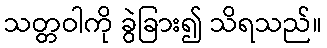
သတ္တဝါကို ခွဲခြား၍ သိရသည်။